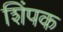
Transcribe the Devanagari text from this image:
शिंपक